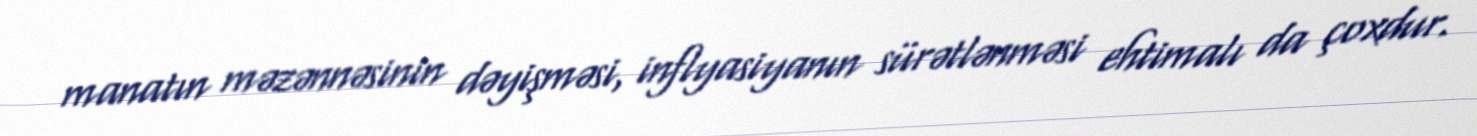
manatın məzənnəsinin dəyişməsi, inflyasiyanın sürətlənməsi ehtimalı da çoxdur.